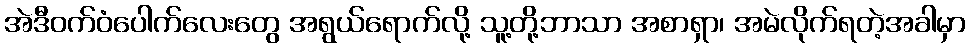
အဲဒီဝက်ဝံပေါက်လေးတွေ အရွယ်ရောက်လို့ သူ့တို့ဘာသာ အစာရှာ၊ အမဲလိုက်ရတဲ့အခါမှာ